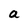
Character: a